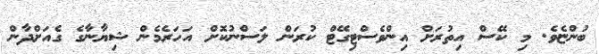
ބުންޏެވެ. މި ކޭސް އިތުރަށް އިންވެސްޓިގޭޓް ކުރަން ލަސްނުކޮށް އަހަރެމެން ޝިޔާނާގެ ގެއަށްދާން